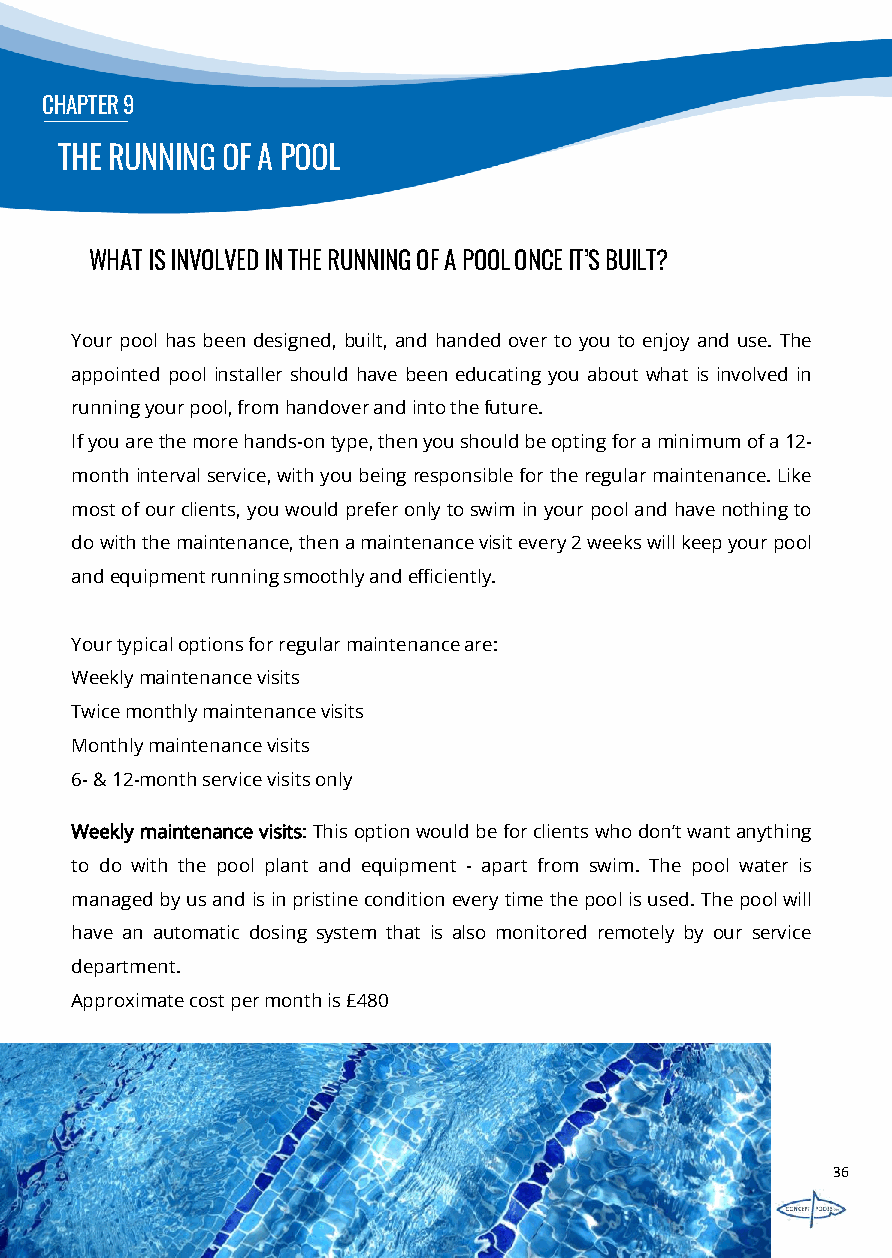
CHAPTER9
 THE RUNNING OF A POOL
 WHATISINVOLVEDINTHERUNNINGOFAPOOLONCEIT’SBUILT?
 Your pool has been designed, built, and handed over to you to enjoy and use. The
 appointed pool installer should have been educating you about what is involved in
 runningyourpool,fromhandoverandintothefuture.
 Ifyouarethemorehands-ontype,thenyoushouldbeoptingforaminimumofa12-
 monthintervalservice,withyoubeingresponsiblefortheregularmaintenance.Like
 mostofourclients,youwouldpreferonlytoswiminyourpoolandhavenothingto
 dowiththemaintenance,thenamaintenancevisitevery2weekswillkeepyourpool
 andequipmentrunningsmoothlyandefficiently.
 Yourtypicaloptionsforregularmaintenanceare:
 Weeklymaintenancevisits
 Twicemonthlymaintenancevisits
 Monthlymaintenancevisits
 6-&12-monthservicevisitsonly
 Weeklymaintenancevisits:Thisoptionwouldbeforclientswhodon’twantanything
 to do with the pool plant and equipment - apart from swim. The pool water is
 managedbyusandisinpristineconditioneverytimethepoolisused.Thepoolwill
 have an automatic dosing system that is also monitored remotely by our service
 department.
 Approximatecostpermonthis£480
 36